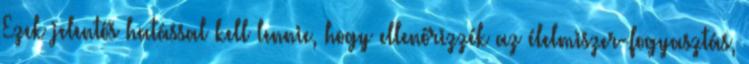
Ezek jelentős hatással kell lennie, hogy ellenőrizzék az élelmiszer-fogyasztás,